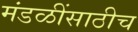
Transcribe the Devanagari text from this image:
मंडळींसाठीच